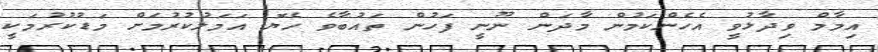
އިމާމް ވިދާޅުވީ އެހެންކަމުން މާދަން ނޫނީ ފަހުން ތައުބާވެ ހެޔޮ އަމަލުކުރުމަށް މަޑުކުރުމަކީ